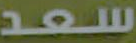
سعد